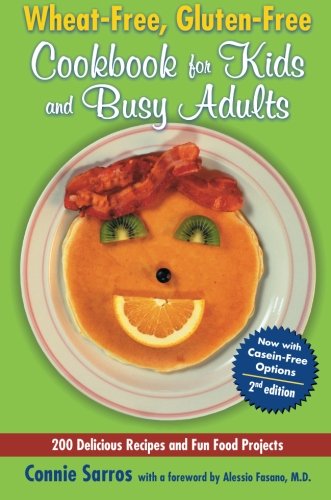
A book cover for Wheat-Free, Gluten-Free Cookbook for Kids and Busy Adults, Second Edition; Connie Sarros; Cookbooks, Food & Wine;